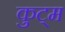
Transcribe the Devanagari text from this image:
कुट्म